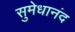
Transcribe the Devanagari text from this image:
सुमेधानंद